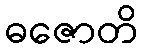
ဓဇောတိ